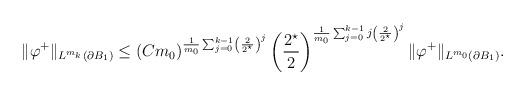
LaTeX: \begin{align*}\|\varphi^{+}\|_{L^{m_{k}}(\partial B_1)} &\leq(C m_0)^{\frac{1}{m_{0}} \sum_{j = 0}^{k-1} \left(\frac{2}{2^{\star}}\right)^{j} } \left(\frac{2^{\star}}{2}\right)^{\frac{1}{m_{0}} \sum_{j = 0}^{k-1} j\left(\frac{2}{2^{\star}}\right)^{j} } \|\varphi^{+}\|_{L^{m_{0}}(\partial B_1)}.\end{align*}